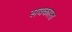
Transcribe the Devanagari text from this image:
सबकास्त